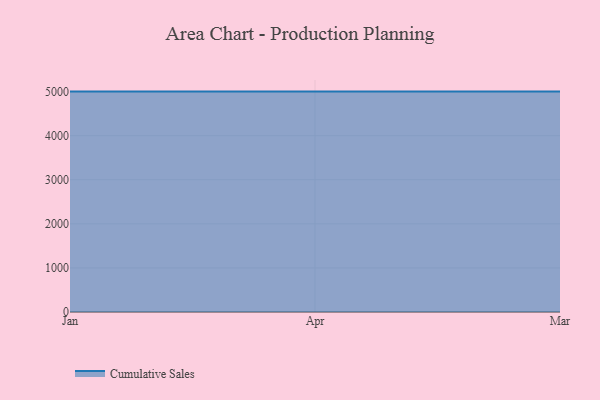
{"axis": {"x": "Month", "y": "Tickets Resolved"}, "legend": ["Cumulative Sales"], "data": [{"x": "Jan", "y": 5000, "type": "Cumulative Sales"}, {"x": "Apr", "y": 5000, "type": "Cumulative Sales"}, {"x": "Mar", "y": 5000, "type": "Cumulative Sales"}]}